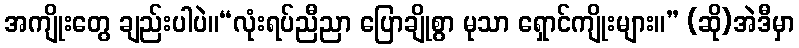
အကျိုးတွေ ချည်းပါပဲ။“လုံးရပ်ညီညာ ပြောချိုစွာ မုသာ ရှောင်ကျိုးများ။” (ဆို)အဲဒီမှာ